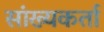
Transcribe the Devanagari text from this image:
सांख्यकर्ता